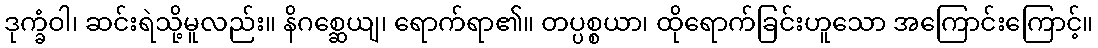
ဒုက္ခံဝါ၊ ဆင်းရဲသို့မူလည်း။ နိဂစ္ဆေယျ၊ ရောက်ရာ၏။ တပ္ပစ္စယာ၊ ထိုရောက်ခြင်းဟူသော အကြောင်းကြောင့်။